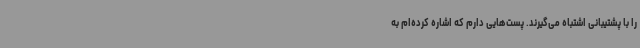
را با پشتیبانی اشتباه می‌گیرند. پست‌هایی دارم که اشاره کرده‌ام به